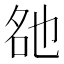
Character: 𬼨